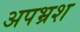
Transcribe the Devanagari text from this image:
अपभ्रश